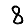
Digit: 8